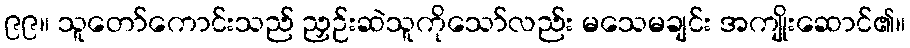
၉၉။ သူတော်ကောင်းသည် ညှဉ်းဆဲသူကိုသော်လည်း မသေမချင်း အကျိုးဆောင်၏။